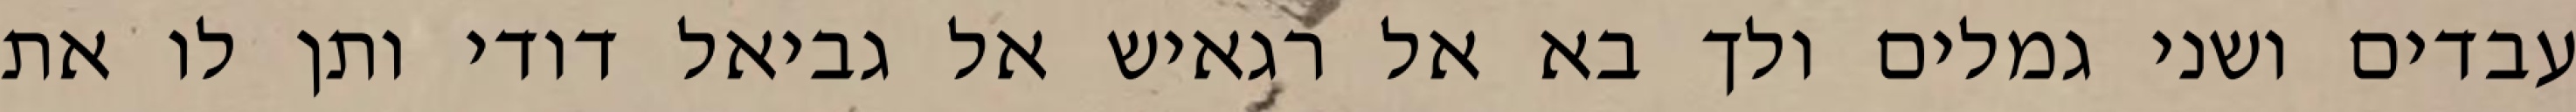
עבדים ושני גמלים ולך בא אל רגאיש אל גביאל דודי ותן לו את